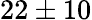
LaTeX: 22\pm 10